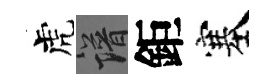
虎譜鉅塞